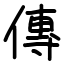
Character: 傳